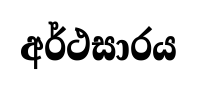
අර්ථසාරය